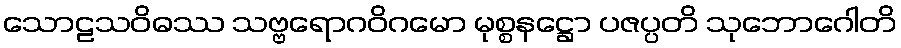
သောဠသဝိဓဿ သဗ္ဗရောဂဝိဂမော မုစ္စနဋ္ဌော ပဇပ္ပတိ သုဘောဂေါတိ